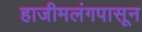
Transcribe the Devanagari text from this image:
हाजीमलंगपासून